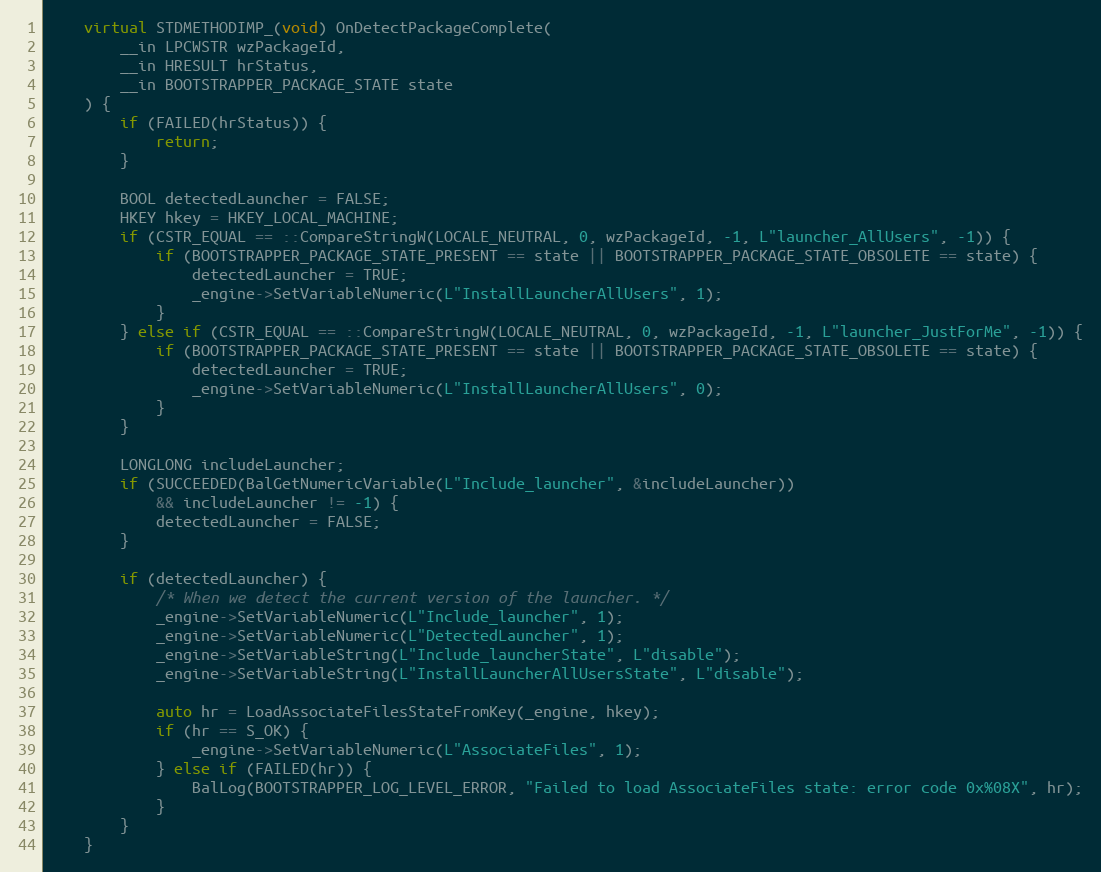
Language: C++
    virtual STDMETHODIMP_(void) OnDetectPackageComplete(
        __in LPCWSTR wzPackageId,
        __in HRESULT hrStatus,
        __in BOOTSTRAPPER_PACKAGE_STATE state
    ) {
        if (FAILED(hrStatus)) {
            return;
        }

        BOOL detectedLauncher = FALSE;
        HKEY hkey = HKEY_LOCAL_MACHINE;
        if (CSTR_EQUAL == ::CompareStringW(LOCALE_NEUTRAL, 0, wzPackageId, -1, L"launcher_AllUsers", -1)) {
            if (BOOTSTRAPPER_PACKAGE_STATE_PRESENT == state || BOOTSTRAPPER_PACKAGE_STATE_OBSOLETE == state) {
                detectedLauncher = TRUE;
                _engine->SetVariableNumeric(L"InstallLauncherAllUsers", 1);
            }
        } else if (CSTR_EQUAL == ::CompareStringW(LOCALE_NEUTRAL, 0, wzPackageId, -1, L"launcher_JustForMe", -1)) {
            if (BOOTSTRAPPER_PACKAGE_STATE_PRESENT == state || BOOTSTRAPPER_PACKAGE_STATE_OBSOLETE == state) {
                detectedLauncher = TRUE;
                _engine->SetVariableNumeric(L"InstallLauncherAllUsers", 0);
            }
        }

        LONGLONG includeLauncher;
        if (SUCCEEDED(BalGetNumericVariable(L"Include_launcher", &includeLauncher))
            && includeLauncher != -1) {
            detectedLauncher = FALSE;
        }

        if (detectedLauncher) {
            /* When we detect the current version of the launcher. */
            _engine->SetVariableNumeric(L"Include_launcher", 1);
            _engine->SetVariableNumeric(L"DetectedLauncher", 1);
            _engine->SetVariableString(L"Include_launcherState", L"disable");
            _engine->SetVariableString(L"InstallLauncherAllUsersState", L"disable");

            auto hr = LoadAssociateFilesStateFromKey(_engine, hkey);
            if (hr == S_OK) {
                _engine->SetVariableNumeric(L"AssociateFiles", 1);
            } else if (FAILED(hr)) {
                BalLog(BOOTSTRAPPER_LOG_LEVEL_ERROR, "Failed to load AssociateFiles state: error code 0x%08X", hr);
            }
        }
    }